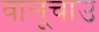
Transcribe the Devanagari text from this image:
वालूचाउ